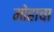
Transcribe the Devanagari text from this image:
मोहाचा